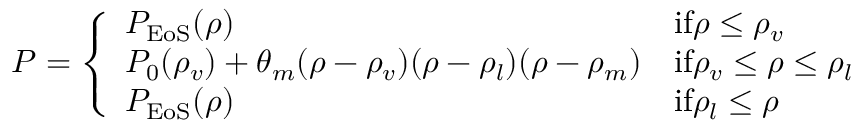
P = \left\{ \begin{array} { l l } { P _ { \mathrm { E o S } } ( \rho ) } & { \mathrm { i f } \rho \leq \rho _ { v } } \\ { P _ { 0 } ( \rho _ { v } ) + \theta _ { m } ( \rho - \rho _ { v } ) ( \rho - \rho _ { l } ) ( \rho - \rho _ { m } ) } & { \mathrm { i f } \rho _ { v } \leq \rho \leq \rho _ { l } } \\ { P _ { \mathrm { E o S } } ( \rho ) } & { \mathrm { i f } \rho _ { l } \leq \rho } \end{array} \right.